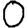
Digit: 0